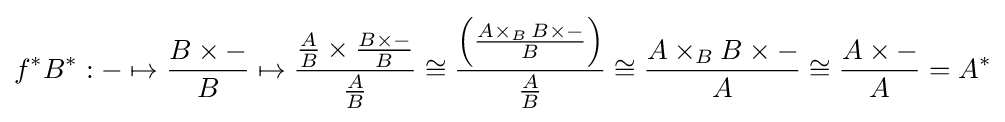
f^{*}B^{*}:-\mapsto {B\times - \over B}\mapsto {{A \over B}\times {B\times - \over B} \over {A \over B}}\cong {{\Big (}{A\times _{B}\,B\times - \over B}{\Big )} \over {A \over B}}\cong {A\times _{B}B\times - \over A}\cong {A\times - \over A}=A^{*}